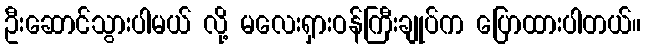
ဦးဆောင်သွားပါမယ် လို့ မလေးရှားဝန်ကြီးချုပ်က ပြောထားပါတယ်။